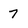
Character: 7